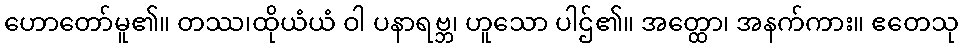
ဟောတော်မူ၏။ တဿ၊ထိုယံယံ ဝါ ပနာရဗ္ဘ၊ ဟူသော ပါဌ်၏။ အတ္ထော၊ အနက်ကား။ ဧတေသု